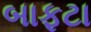
બાફટા